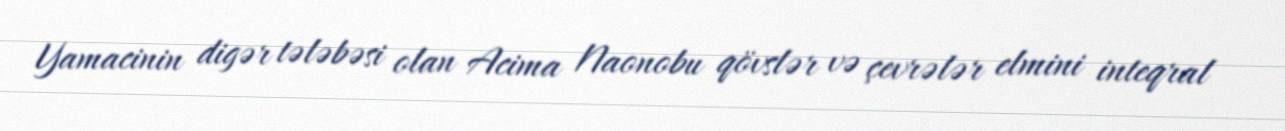
Yamacinin digər tələbəsi olan Acima Naonobu qövslər və çevrələr elmini inteqral